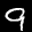
Label: 9